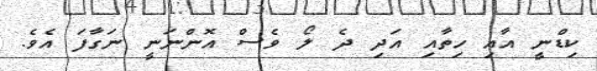
ކިޑްނީ އާއި ހިތާއި އަދި ދެ ލޯ ވެސް އޮންނަނީ ނަގާފަ އެވެ.